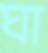
ঘা